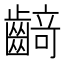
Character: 𱌡